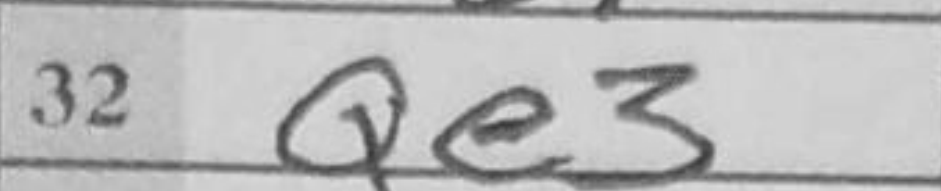
Transcription: Qe3